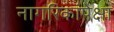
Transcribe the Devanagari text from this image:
नागरिकांपेक्षा